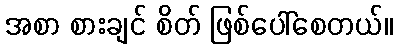
အစာ စားချင် စိတ် ဖြစ်ပေါ်စေတယ်။